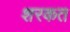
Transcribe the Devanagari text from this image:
शरकत